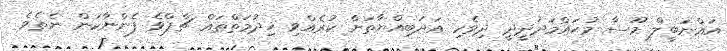
އައްނަބީލް މޫސާ މުޙައްމަދުދީދީ ދިވެހި އަދަބިއްޔާތަށް ކުރެއްވި ޚިދުމަތްތައް ޗާޕްވެ ފެންނާކަން ނެތެވެ.